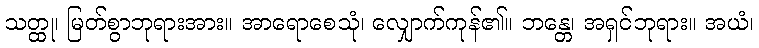
သတ္ထု၊ မြတ်စွာဘုရားအား။ အာရောစေသုံ၊ လျှောက်ကုန်၏။ ဘန္တေ၊ အရှင်ဘုရား။ အယံ၊